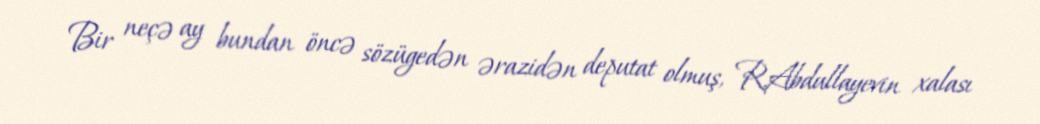
Bir neçə ay bundan öncə sözügedən ərazidən deputat olmuş, R.Abdullayevin xalası